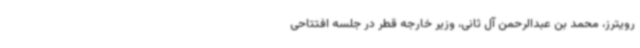
رویترز، محمد بن عبدالرحمن آل ثانی، وزیر خارجه قطر در جلسه افتتاحی